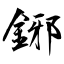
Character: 鋣